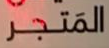
المتجر